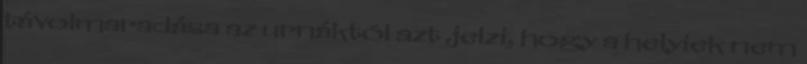
távolmaradása az urnáktól azt jelzi, hogy a helyiek nem